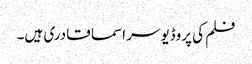
فلم کی پروڈیوسر اسما قادری ہیں۔